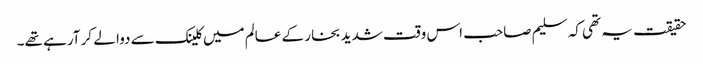
حقیقت یہ تھی کہ سلیم صاحب اس وقت شدید بخار کے عالم میں کلینک سے دوا لے کر آرہے تھے۔